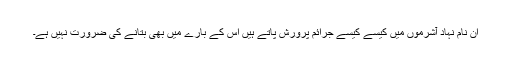
ان نام نہاد آشرموں میں کیسے کیسے جرائم پرورش پاتے ہیں اس کے بارے میں بھی بتانے کی ضرورت نہیں ہے۔